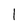
Character: 1